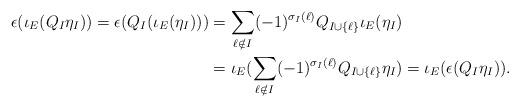
LaTeX: \begin{align*}\epsilon(\iota_{E}(Q_{I} \eta_{I})) = \epsilon(Q_{I}( \iota_{E}(\eta_{I}))) &= \sum_{\ell \notin I} (-1)^{\sigma_{I}(\ell)} Q_{I \cup \{\ell\}} \iota_{E}(\eta_{I}) \\ &= \iota_{E}(\sum_{\ell \notin I} (-1)^{\sigma_{I}(\ell)} Q_{I \cup \{\ell\}} \eta_{I}) = \iota_{E}(\epsilon (Q_{I}\eta_{I})). \end{align*}